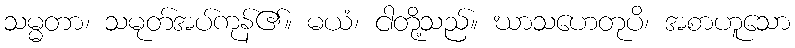
သမ္မတာ၊ သမုတ်အပ်ကုန်၏။ မယံ၊ ငါတို့သည်။ ဃာသဟေတုပိ၊ အစာဟူသော